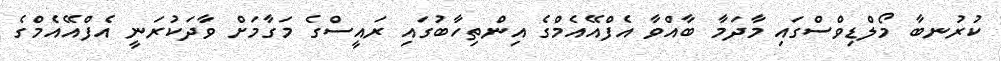
ކުރުނބާ މޯލްޑިވްސްގައި މާދަމާ ބާއްވާ އެފްއޭއެމްގެ އިންތިހާބުގައި ރައީސްގެ މަގާމަށް ވާދަކުރަނީ އެފްއޭއެމްގެ